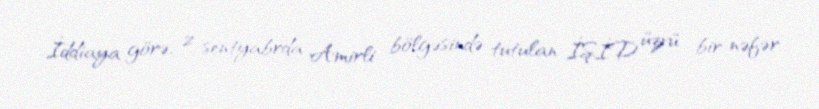
İddiaya görə, 2 sentyabrda Amirli bölgəsində tutulan İŞİD üzvü bir nəfər